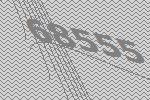
68555